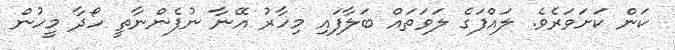
ކަން ކަށަވަރެވެ. ލައްފަގެ ލަވަތައް ބަލާފައި މިހާރު އޭނާ ނުފެންނާތީ ހޯދާ މީހުން